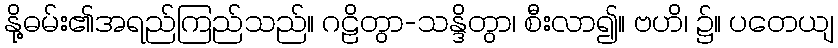
နို့ဓမ်း၏အရည်ကြည်သည်။ ဂဠိတွာ-သန္ဒိတွာ၊ စီးလာ၍။ ဗဟိ၊ ၌။ ပတေယျ